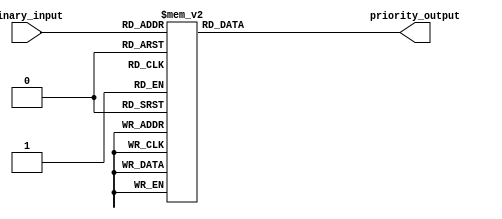
module priority_encoder(
    input [3:0] binary_input,
    output reg [2:0] priority_output
);

always @(*) begin
    case(binary_input)
        4'b1000: priority_output = 3'b111; //decimal value 8
        4'b0111: priority_output = 3'b110; //decimal value 7
        4'b0110: priority_output = 3'b101; //decimal value 6
        4'b0101: priority_output = 3'b100; //decimal value 5
        4'b0100: priority_output = 3'b011; //decimal value 4
        4'b0011: priority_output = 3'b010; //decimal value 3
        4'b0010: priority_output = 3'b001; //decimal value 2
        4'b0001: priority_output = 3'b000; //decimal value 1
        default: priority_output = 3'b000; //default output is 0
    endcase
end
endmodule